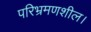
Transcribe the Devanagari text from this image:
परिभ्रमणशील।